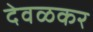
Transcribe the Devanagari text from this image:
देवळकर